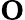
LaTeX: \textbf{O}